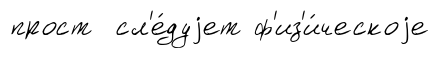
прост сл'е́дуjет ф'из'и́ческоjе